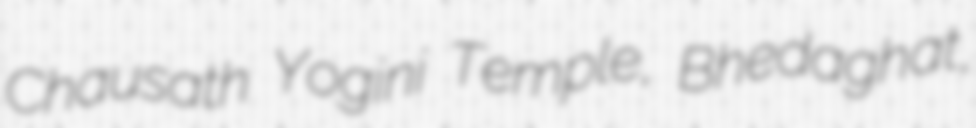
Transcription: Chausath Yogini Temple, Bhedaghat,